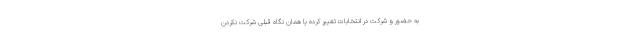
به حضور و شرکت در انتخابات تغییر کرده یا همان نگاه قبلی شرکت نکردن